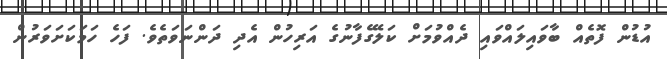
އުޑުން ފޮތެއް ބާވައިލައްވައި ދެއްވުމަށް ކަލޭގެފާނުގެ އަރިހުން އެދި ދަންނަވަތެވެ. ފަހެ ހަމަކަށަވަރުން